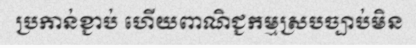
ប្រកាន់ខ្ជាប់ ហើយពាណិជ្ជកម្មស្របច្បាប់មិន